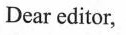
Dear editor,